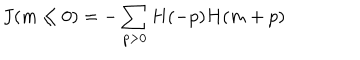
J ( m \le 0 ) = - \sum _ { p > 0 } H ( - p ) H ( m + p )